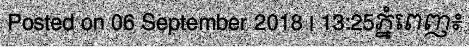
Posted on 06 September 2018 | 13:25ភ្នំពេញ៖